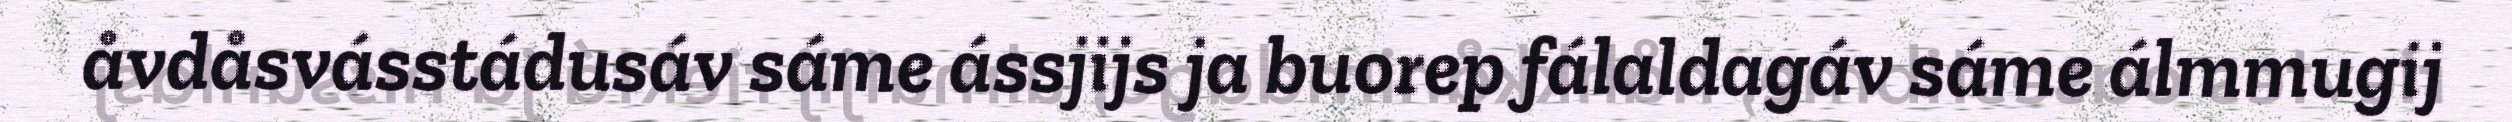
åvdåsvásstádusáv sáme ássjijs ja buorep fálaldagáv sáme álmmugij